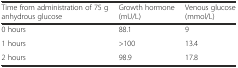
<table><thead><tr><td><b>Time from administration of 75 g anhydrous glucose</b></td><td><b>Growth hormone (mU/L)</b></td><td><b>Venous glucose (mmol/L)</b></td></tr></thead><tbody><tr><td>0 hours</td><td>88.1</td><td>9</td></tr><tr><td>1 hours</td><td>&gt;100</td><td>13.4</td></tr><tr><td>2 hours</td><td>98.9</td><td>17.8</td></tr></tbody></table>